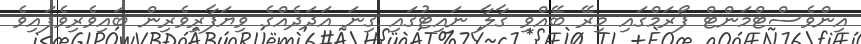
އިންވެސްޓްމަންޓް ފޯރަމްގައި މިރޭ ބޭއްވި ގާލާ ނައިޓުގައި ގިނަ އަދަދެއްގެ ވިޔަފާރިވެރިން ބައިވެރިވެފައިވެ